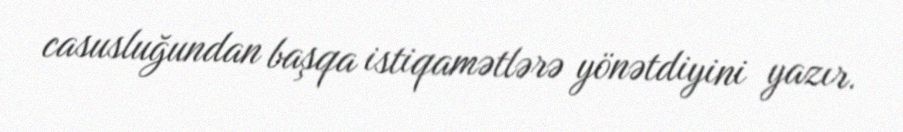
casusluğundan başqa istiqamətlərə yönətdiyini yazır.